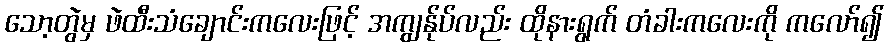
သော့တွဲမှ ဖဲထီးသံချောင်းကလေးဖြင့် အကျွန်ုပ်လည်း ထိုနားရွက် တံခါးကလေးကို ကလော်၍